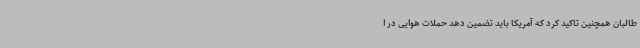
طالبان همچنین تاکید کرد که آمریکا باید تضمین دهد حملات هوایی در ا